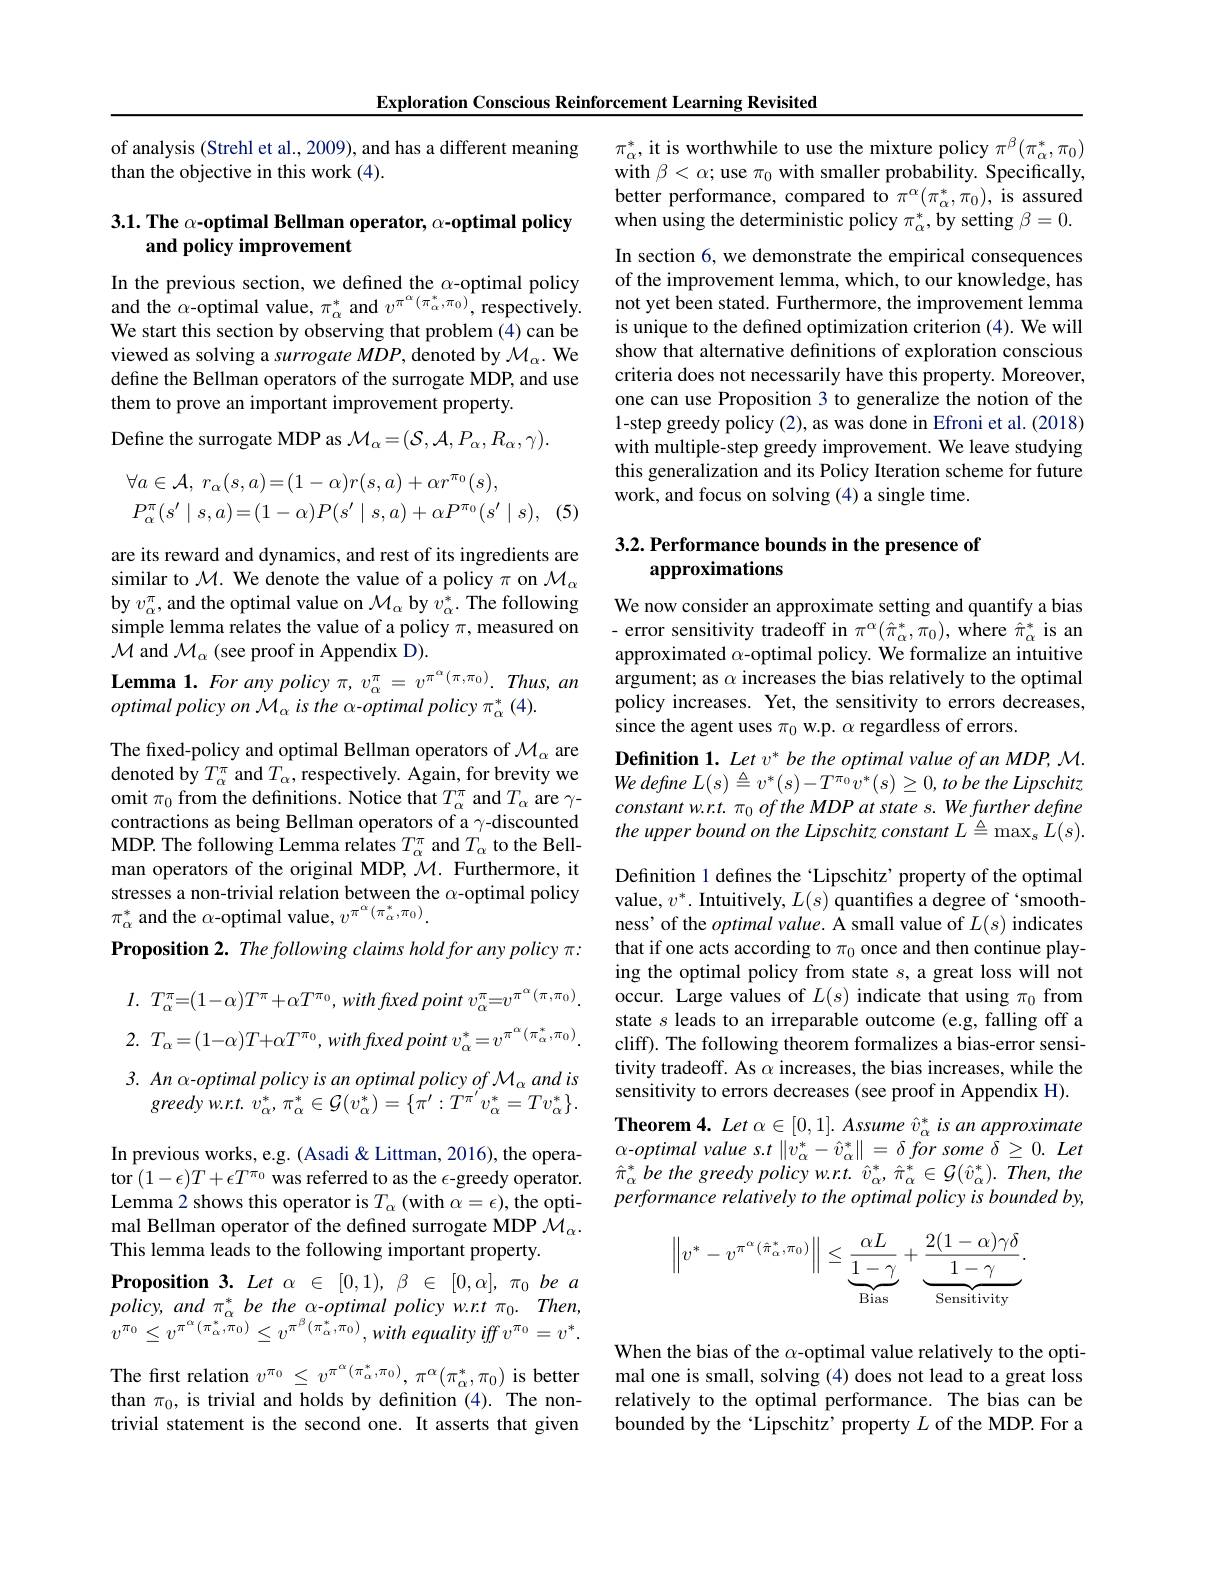
Exploration Conscious Reinforcement Learning Revisited

of analysis (Strehl et al., 2009), and has a different meaning
than the objective in this work (4).

## 3.1. The $\alpha$-optimal Bellman operator, $\alpha$-optimal policy and policy improvement

In the previous section, we defined the $\alpha$-optimal policy and the $\alpha$-optimal value, $\pi_\alpha^*$ and $v^{\pi^{\alpha}(\pi_\alpha^*,\pi_0)}$, respectively. We start this section by observing that problem (4) can be viewed as solving a surrogate MDP, denoted by $\mathcal{M}_\alpha.$ We define the Bellman operators of the surrogate MDP, and use them to prove an important improvement property.

Define the surrogate MDP as $\mathcal{M}_\alpha=(\mathcal{S},\mathcal{A},P_\alpha,R_\alpha,\gamma).$
$$\begin{aligned}&\forall a\in\mathcal{A},\:r_{\alpha}(s,a)=(1-\alpha)r(s,a)+\alpha r^{\pi_{0}}(s),\\&P_{\alpha}^{\pi}(s'\mid s,a)=(1-\alpha)P(s'\mid s,a)+\alpha P^{\pi_{0}}(s'\mid s),\end{aligned}$$
(5)

are its reward and dynamics, and rest of its ingredients are similar to $\mathcal{M}.$ We denote the value of a policy $\pi$ on $\mathcal{M}_\alpha$ by $v_\alpha^\pi$, and the optimal value on $\mathcal{M}_\alpha$ by $v_\alpha^*.$ The following simple lemma relates the value of a policy $\pi$,measured on $\mathcal{M}$ and $\mathcal{M}_\alpha$ (see proof in Appendix D).
$\textbf{Lemma 1. For any policy }\pi , v_{\alpha }^{\pi }= v^{\pi ^{\alpha }( \pi , \pi _{0}) }. Thus, an$
optimal policy on $\mathcal{M}_\alpha$ is the α-optimal policy π $\pi_\alpha^*(4).$

The fixed-policy and optimal Bellman operators of $\mathcal{M}_\alpha$ are denoted by $T_\alpha^{\pi}$ and $T_\alpha$,respectively. Again, for brevity we omit $\pi_0$ from the definitions. Notice that $T_\alpha^{\pi}$ and $T_\alpha$ are $\gamma$- contractions as being Bellman operators of a $\gamma$-discounted MDP. The following Lemma relates $T_\alpha^{\pi}$ and $T_\alpha$ to the Bellman operators of the original MDP, $\mathcal{M}.$ Furthermore, it stresses a non-trivial relation between the $\alpha$-optimal policy $\pi_{\alpha}^{*}$ and the $\alpha$-optimal value, $v^{\pi^{\alpha}(\pi_{\alpha}^{*},\pi_{0})}.$
Proposition 2. The following claims hold for any policy $\pi:$ $l.$ $T_{\alpha }^{\pi }= ( 1- \alpha ) T^{\pi }+ \alpha T^{\pi _{0}}$, with fxed point $v_{\alpha }^{\pi }= v^{\pi ^{\alpha }( \pi , \pi _{0}) }.$

2. $T_{\alpha }= ( 1- \alpha ) T+ \alpha T^{\pi _{0}}, with$ fxed point $v_{\alpha }^{* }= v^{\pi ^{\alpha }( \pi _{\alpha }^{* }, \pi _{0}) }.$

3. An α-optimal policy is an optimal policy of M $_\alpha$ and is
$greedyw. r. t.$ $v_{\alpha }^{* }$, $\pi _{\alpha }^{* }\in \mathcal{G} ( v_{\alpha }^{* }) = \{ \pi ^{\prime }: T^{\pi ^{\prime }}v_{\alpha }^{* }= Tv_{\alpha }^{* }\} .$

In previous works, e.g. (Asadi & Littman, 2016), the operator $(1-\epsilon)T+\epsilon T^{\pi_{0}}$ was referred to as the $\epsilon$-greedy operator. Lemma 2 shows this operator is $T_\alpha$ (with $\alpha=\epsilon)$, the optimal Bellman operator of the defined surrogate MDP $\mathcal{M}_\alpha.$ This lemma leads to the following important property
$\textbf{Proposition}3. Let$ $\alpha$ $\in$ [0,1), $\beta$ $\in$ $[ 0, \alpha ] $, $\pi _{0}$ $be$ $a$ $policy,and\pi_{\alpha}^{*}$ be the $\alpha$-optimal policy w.r.t $\pi _0.$ $Then$, $v^{\pi_{0}}\leq v^{\pi^{\alpha}(\pi_{\alpha}^{*},\pi_{0})}\leq v^{\pi^{\beta}(\pi_{\alpha}^{*},\pi_{0})},with$ equality iff$v^{\pi_{0}}=v^{*}.$ The first relation $v^{\pi_0}\leq v^{\pi^\alpha(\pi_\alpha^*,\pi_0)},\pi^\alpha(\pi_\alpha^*,\pi_0)$ is better than $\pi_0$, is trivial and holds by definition (4). The nontrivial statement is the second one. It asserts that given

$\pi_{\alpha}^{*}$, it is worthwhile to use the mixture policy $\pi^{\beta}(\pi_{\alpha}^{*},\pi_{0})$ with $\beta<\alpha;$use $\pi_0$ with smaller probability. Specifically, better performance, compared to $\pi^\alpha(\pi_\alpha^*,\pi_0)$, is assured when using the deterministic policy $\pi_\alpha^*$,by setting $\beta=0.$

In section 6, we demonstrate the empirical consequences of the improvement lemma, which, to our knowledge, has not yet been stated. Furthermore, the improvement lemma is unique to the defined optimization criterion (4). We will show that alternative definitions of exploration conscious criteria does not necessarily have this property. Moreover, one can use Proposition 3 to generalize the notion of the 1-step greedy policy (2), as was done in Efroni et al. (2018) with multiple-step greedy improvement. We leave studying this generalization and its Policy Iteration scheme for future work, and focus on solving (4) a single time.

## 3.2. Performance bounds in the presence of approximations

We now consider an approximate setting and quantify a bias - error sensitivity tradeoff in $\pi ^{\alpha }$( $\hat{\pi } _{\alpha }^{* }$, $\pi _{0}$) , where $\hat{\pi } _{\alpha }^{* }$ is an approximated $\alpha$-optimal policy. We formalize an intuitive argument; as $\alpha$ increases the bias relatively to the optimal policy increases. Yet, the sensitivity to errors decreases, since the agent uses $\pi_0$ w.p. $\alpha$ regardless of errors

Definition 1. Let v* be the optimal value of an MDP, M. $We$ define $L( s) \overset {\Delta }{\operatorname* { = } }v^{* }( s) - T^{\pi _{0}}v^{* }( s) \geq 0$, $to$ $be$ the Lipschitz $constantw. r. t. \pi _0\textit{of the MDP at state s. We further define}$ the upper bound on the Lipschitz constant $L\triangleq\max_sL(s).$ Definition 1 defines the 'Lipschitz’ property of the optimal value, $v^*.$ Intuitively, $L(s)$ quantifes a degree of ‘smoothness' of the optimal value. A small value of $L(s)$ indicates that if one acts according to $\pi_0$ once and then continue playing the optimal policy from state $s$, a great loss will not occur. Large values of $L(s)$ indicate that using $\pi_0$ from state $s$ leads to an irreparable outcome (e.g, falling off a cliff). The following theorem formalizes a bias-error sensitivity tradeoff. As $\alpha$ increases, the bias increases, while the sensitivity to errors decreases (see proof in Appendix H) Theorem 4. Let $\alpha\in[0,1].$ Assume $\hat{v}_\alpha^*$ is an approximate $\alpha$-optimal value s.$t\parallel v_{\alpha }^{* }- \hat{v} _{\alpha }^{* }\parallel = \delta \textit{for some }\delta \geq 0. Let$ $\hat{\pi}_{\alpha}^{*}$ be the greedy policy w.rt. $\hat{v}_\alpha^*,\hat{\pi}_\alpha^*\in\mathcal{G}(\hat{v}_\alpha^*).$ Then, the performance relatively to the optimal policy is bounded by,
$$\begin{Vmatrix}v^*-v^{\pi^\alpha(\hat{\pi}_\alpha^*,\pi_0)}\end{Vmatrix}\leq\underbrace{\frac{\alpha L}{1-\gamma}}_{\text{Bias}}+\underbrace{\frac{2(1-\alpha)\gamma\delta}{1-\gamma}}_{\text{Sensitivity}}.$$
When the bias of the $\alpha$-optimal value relatively to the optimal one is small, solving (4) does not lead to a great loss relatively to the optimal performance. The bias can be bounded by the 'Lipschitz' property $L$ of the MDP. For a